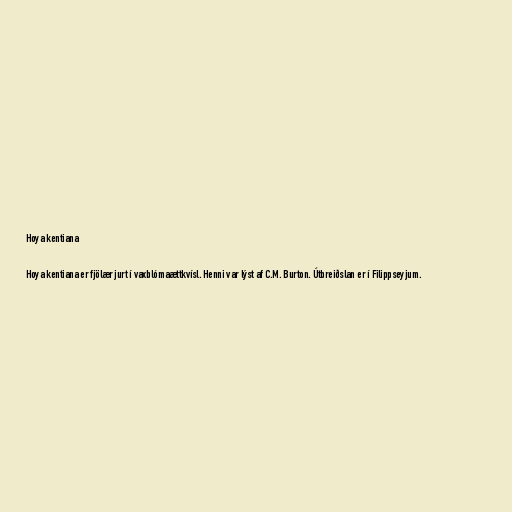
Hoya kentiana

Hoya kentiana er fjölær jurt í vaxblómaættkvísl. Henni var lýst af C.M. Burton. Útbreiðslan er í Filippseyjum.